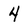
Character: 4